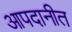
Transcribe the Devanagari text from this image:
आपदानीत